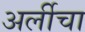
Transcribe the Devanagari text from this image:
अर्लीचा